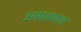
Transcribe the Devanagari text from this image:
असल्याच